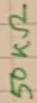
Text: 50KΩ